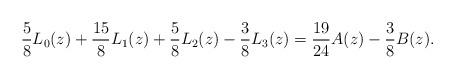
LaTeX: \begin{align*}\frac{5}{8}L_0(z)+\frac{15}{8}L_1(z)+\frac{5}{8}L_2(z)-\frac{3}{8}L_3(z)=\frac{19}{24}A(z)-\frac{3}{8}B(z).\end{align*}